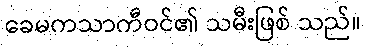
ခေမကသာကီဝင်၏ သမီးဖြစ် သည်။